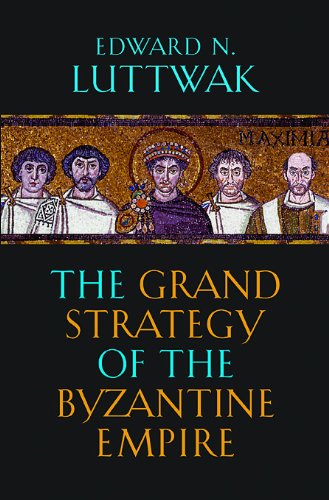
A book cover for The Grand Strategy of the Byzantine Empire; Edward N. Luttwak; History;